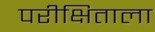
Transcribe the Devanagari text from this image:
परीक्षिताला